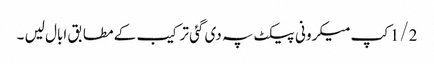
1/2کپ میکرونی پیکٹ پہ دی گئی ترکیب کے مطابق ابال لیں ۔